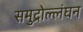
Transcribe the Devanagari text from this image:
समुद्रोल्लंघन